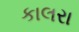
કાલરા